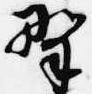
野